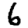
Digit: 6